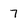
Character: 7